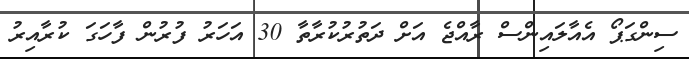
ސިންގަޕޯ އެއާލައިންސް ރާއްޖެ އަށް ދަތުރުކުރާތާ 30 އަހަރު ފުރުން ފާހަގަ ކުރާއިރު